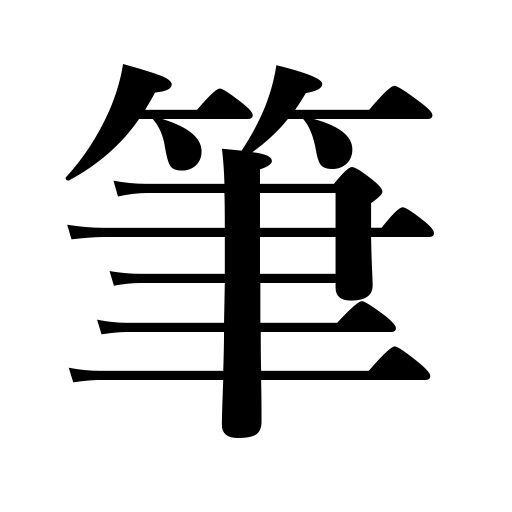
Meanings: drawing,handwriting,painting,the pen,penmanship,writing brush,literary work,writing,paintbrush